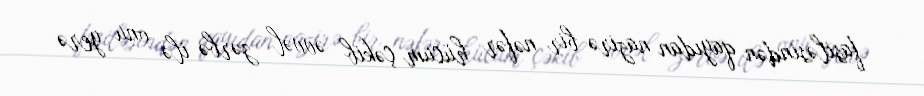
fasiləsindən qayıdan nazirə bir nəfər hücum çəkib əvvəl zərbə ilə onu yerə